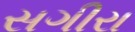
સગીરા